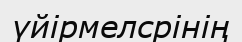
үйірмелсрінің